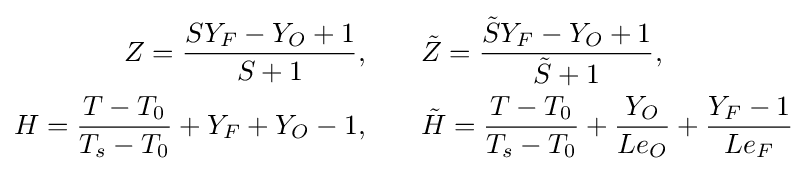
{\begin{aligned}Z={\frac {SY_{F}-Y_{O}+1}{S+1}},&\qquad {\tilde {Z}}={\frac {{\tilde {S}}Y_{F}-Y_{O}+1}{{\tilde {S}}+1}},\\H={\frac {T-T_{0}}{T_{s}-T_{0}}}+Y_{F}+Y_{O}-1,&\qquad {\tilde {H}}={\frac {T-T_{0}}{T_{s}-T_{0}}}+{\frac {Y_{O}}{Le_{O}}}+{\frac {Y_{F}-1}{Le_{F}}}\end{aligned}}